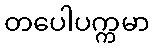
တပေါပက္ကမာ